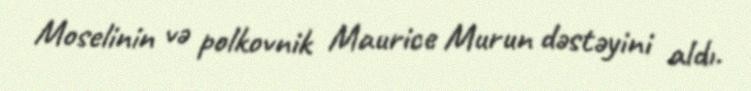
Moselinin və polkovnik Maurice Murun dəstəyini aldı.